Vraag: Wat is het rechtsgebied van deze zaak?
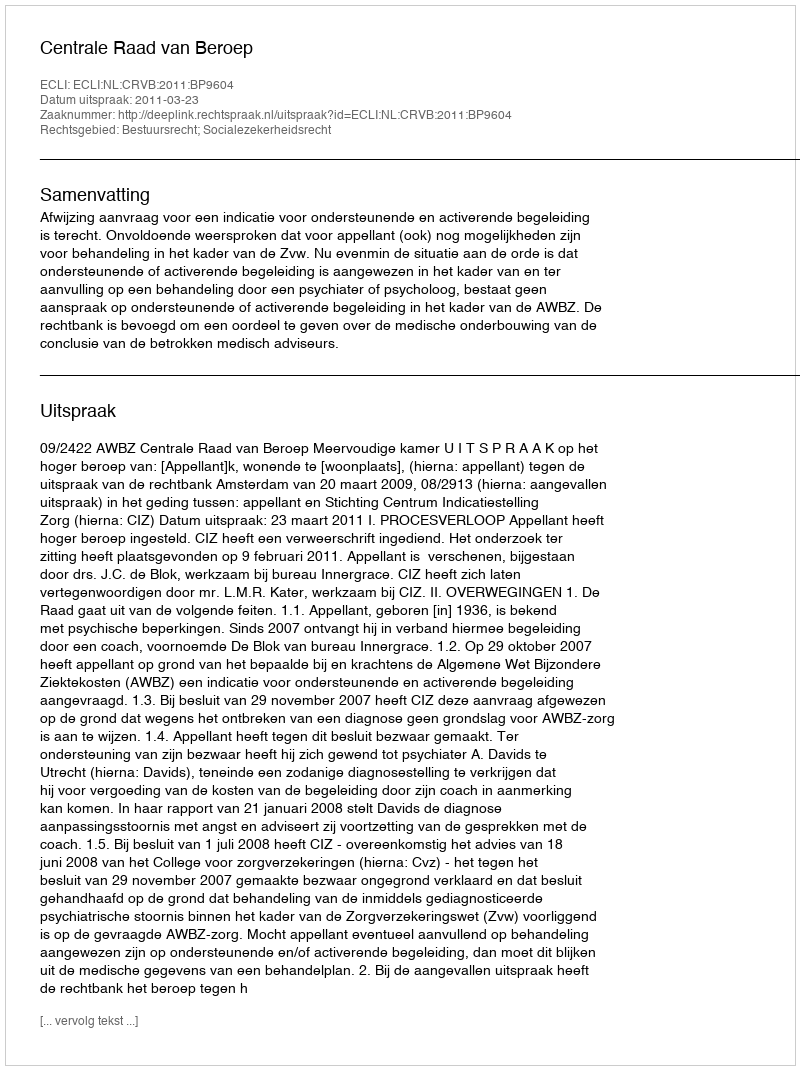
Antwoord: Bestuursrecht; Socialezekerheidsrecht